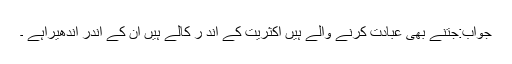
جواب:جتنے بھی عبادت کرنے والے ہیں اکثریت کے اند ر کالے ہیں ان کے اندر اندھیراہے ۔